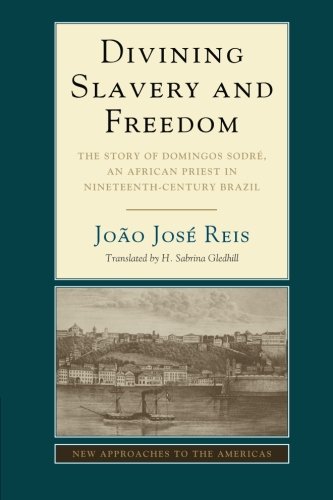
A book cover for Divining Slavery and Freedom: The Story of Domingos SodrÃ©, an African Priest in Nineteenth-Century Brazil (New Approaches to the Americas); JoÃ£o JosÃ© Reis; Biographies & Memoirs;